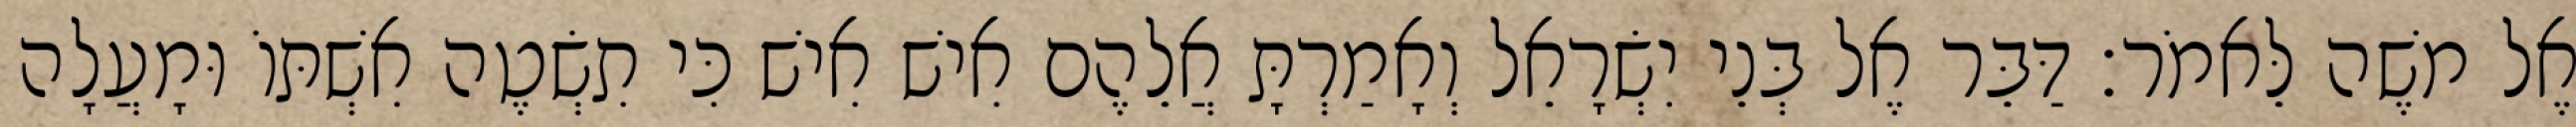
אֶל משֶׁה לֵּאמֹר׃ דַּבֵּר אֶל בְּנֵי יִשְׂרָאֵל וְאָמַרְתָּ אֲלֵהֶם אִישׁ אִישׁ כִּי תִשְׂטֶה אִשְׁתּוֹ וּמָעֲלָה